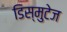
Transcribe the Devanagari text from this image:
डिस्मुटेज